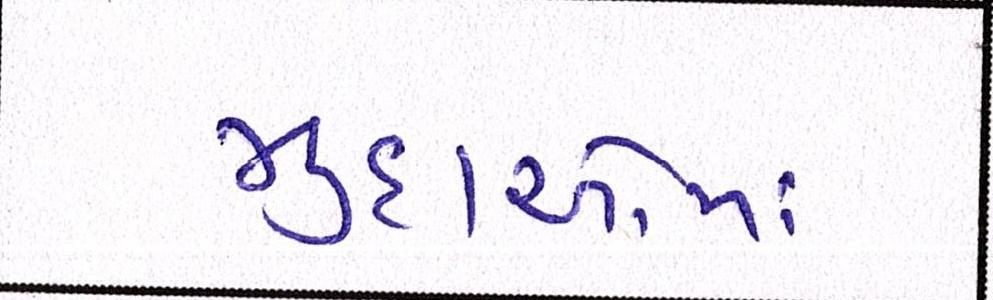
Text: મુદાઓમાં